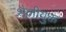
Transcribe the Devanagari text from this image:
शैलीयुक्त